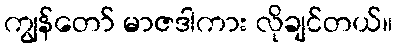
ကျွန်တော် မာဇဒါကား လိုချင်တယ်။